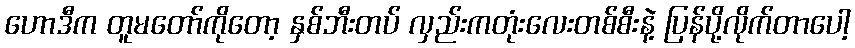
ဟောဒီက တူမတော်ကိုတော့ နှစ်ဘီးတပ် လှည်းကတုံးလေးတစ်စီးနဲ့ ပြန်ပို့လိုက်တာပေါ့